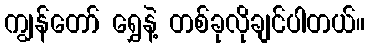
ကျွန်တော် ရွှေနဲ့ တစ်ခုလိုချင်ပါတယ်။